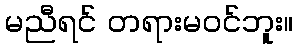
မညီရင် တရားမဝင်ဘူး။